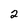
Character: 2